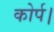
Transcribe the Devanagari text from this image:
कोर्प।